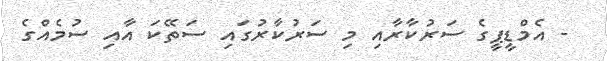
- އެމްޑީޕީގެ ސަރުކާރާއި މި ސަރުކާރުގައި ސަތޭކަ އާއި ސުމެއްގެ